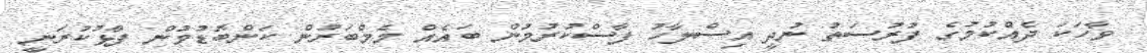
ވާހަކަ ދެއްކުމުގެ ފުރުސަތު ނުދީ އިސްލާހު ފާސްކުރުމުން ބައެއް މެމްބަރުން ކަންބޮޑުވުން ފާޅުކުރަނީ